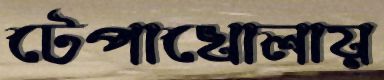
টেপাখোলায়